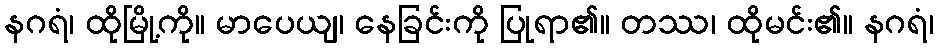
နဂရံ၊ ထိုမြို့ကို။ မာပေယျ၊ နေခြင်းကို ပြုရာ၏။ တဿ၊ ထိုမင်း၏။ နဂရံ၊